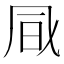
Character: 𠙊